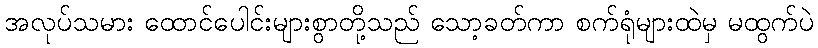
အလုပ်သမား ထောင်ပေါင်းများစွာတို့သည် သော့ခတ်ကာ စက်ရုံများထဲမှ မထွက်ပဲ